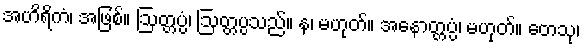
အဟိရိကံ၊ အဖြစ်။ ဩတ္တပ္ပံ၊ ဩတ္တပ္ပသည်။ န၊ မဟုတ်။ အနောတ္တပ္ပံ၊ မဟုတ်။ တေသု၊